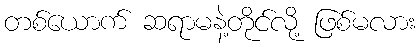
တစ်ယောက် ဆရာမနဲ့တိုင်လို့ ဖြစ်မလား